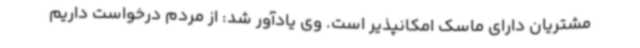
مشتریان دارای ماسک امکانپذیر است. وی یادآور شد: از مردم درخواست داریم